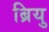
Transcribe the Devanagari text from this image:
ब्रियु